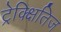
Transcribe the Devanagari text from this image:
ट्रेक्क्षितिज